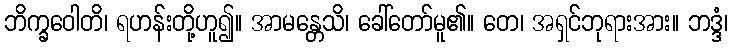
ဘိက္ခဝေါတိ၊ ရဟန်းတို့ဟူ၍။ အာမန္တေသိ၊ ခေါ်တော်မူ၏။ တေ၊ အရှင်ဘုရားအား။ ဘဒ္ဒံ၊